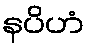
နပိဟံ